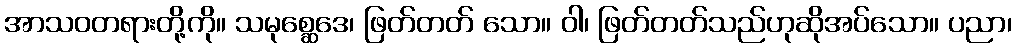
အာသဝတရားတို့ကို။ သမုစ္ဆေဒေ၊ ဖြတ်တတ် သော။ ဝါ၊ ဖြတ်တတ်သည်ဟုဆိုအပ်သော။ ပညာ၊